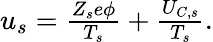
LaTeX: \begin{array}{r}{u_{s}=\frac{Z_{s}e\phi}{T_{s}}+\frac{U_{C,s}}{T_{s}}.}\end{array}